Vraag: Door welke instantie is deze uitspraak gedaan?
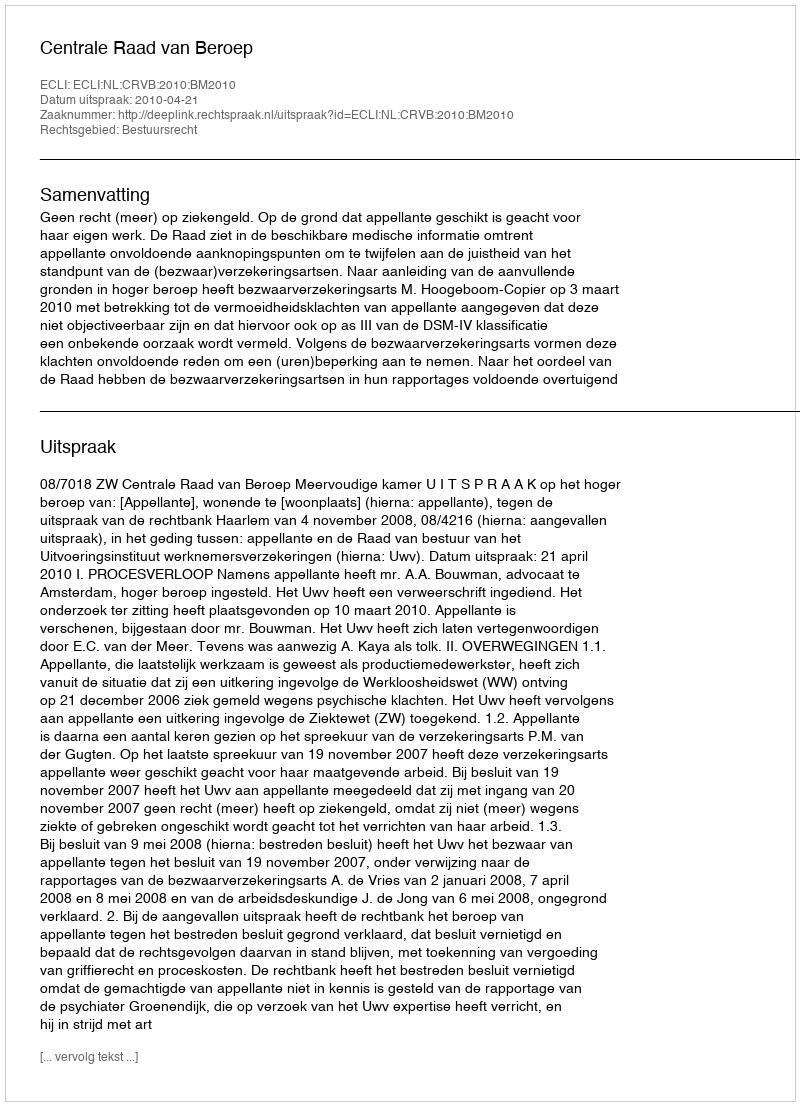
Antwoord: Centrale Raad van Beroep